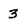
Character: 3